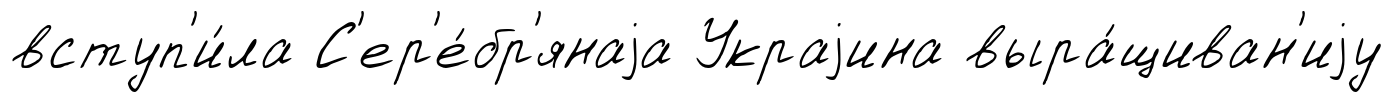
вступ'и́ла С'ер'е́бр'янаjа Украjина выра́щиван'иjу